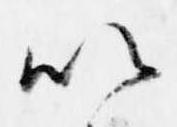
以